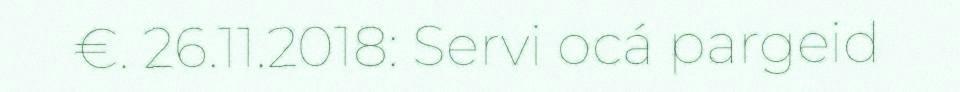
€. 26.11.2018: Servi ocá pargeid